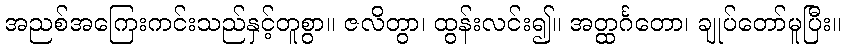
အညစ်အကြေးကင်းသည်နှင့်တူစွာ။ ဇလိတွာ၊ ထွန်းလင်း၍။ အတ္ထင်္ဂတော၊ ချုပ်တော်မူပြီး။